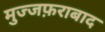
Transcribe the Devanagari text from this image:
मुज्जफ़राबाद